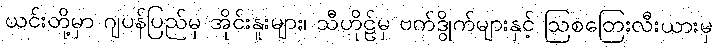
ယင်းတို့မှာ ဂျပန်ပြည်မှ အိုင်းနူးများ၊ သီဟိုဠ်မှ ဗက်ဒွိုက်များနှင့် ဩစတြေးလီးယားမှ